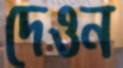
দেওন